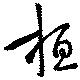
桓